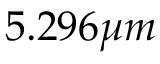
5 . 2 9 6 \mu m